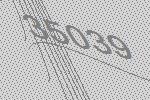
35039